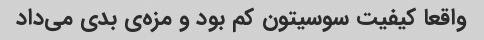
واقعا کیفیت سوسیتون کم بود و مزه‌ی بدی می‌داد